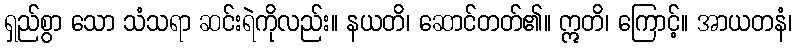
ရှည်စွာ သော သံသရာ ဆင်းရဲကိုလည်း။ နယတိ၊ ဆောင်တတ်၏။ ဣတိ၊ ကြောင့်။ အာယတနံ၊